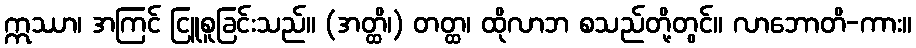
ဣဿာ၊ အကြင် ငြူစူခြင်းသည်။ (အတ္ထိ၊) တတ္ထ၊ ထိုလာဘ စသည်တို့တွင်။ လာဘောတိ-ကား။